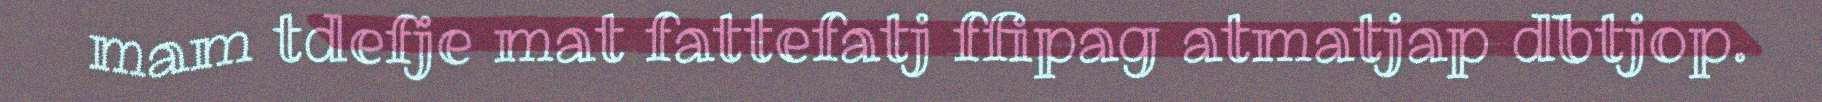
mam tdefje mat fattefatj ffipag atmatjap dbtjop.